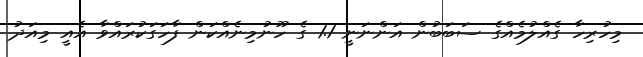
މިހުރިހާ ގެއްލުމެއްގެ ސަބަބުން އަންނަނީ 1.1 ގެ ހޫނުމިނެއްކަން ފާހަގަކުރައްވާ އެއީ މިއަދު